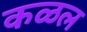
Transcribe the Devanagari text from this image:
कळल